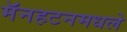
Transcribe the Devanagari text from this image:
मॅनहटनमधले